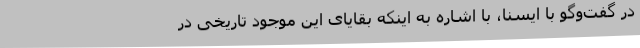
در گفت‌وگو با ایسنا، با اشاره به اینکه بقایای این موجود تاریخی در